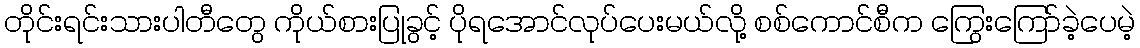
တိုင်းရင်းသားပါတီတွေ ကိုယ်စားပြုခွင့် ပိုရအောင်လုပ်ပေးမယ်လို့ စစ်ကောင်စီက ကြွေးကြော်ခဲ့ပေမဲ့